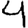
Digit: 4